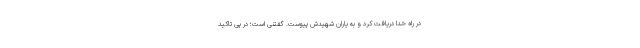
در راه خدا دریافت کرد و به یاران شهیدش پیوست. گفتنی است؛ در پی تاکید